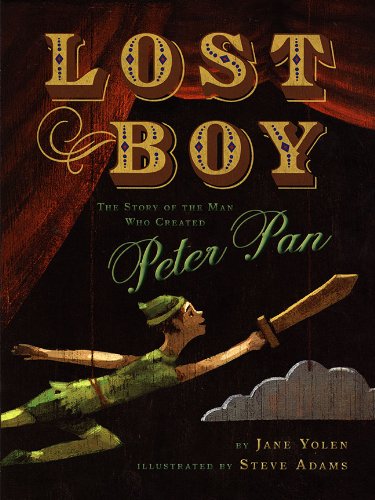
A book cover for Lost Boy: the Story of the Man Who Created Peter Pan; Jane Yolen; Children's Books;